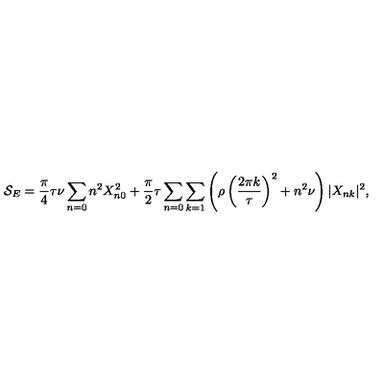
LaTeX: { \cal S } _ { E } = \frac { \pi } { 4 } \tau \nu \sum _ { n = 0 } n ^ { 2 } X _ { n 0 } ^ { 2 } + \frac { \pi } { 2 } \tau \sum _ { n = 0 } \sum _ { k = 1 } \left( \rho \left( \frac { 2 \pi k } { \tau } \right) ^ { 2 } + n ^ { 2 } \nu \right) | X _ { n k } | ^ { 2 } ,